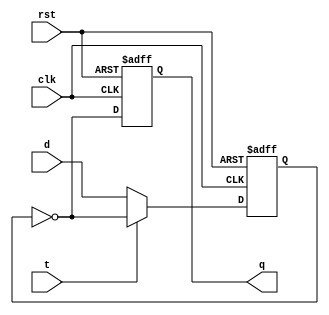
module MasterSlaveTFF (
    input wire clk,
    input wire rst,
    input wire t,
    input wire d,
    output reg q
);

reg master_q;
reg slave_q;

always @ (posedge clk or posedge rst) begin
    if (rst) begin
        master_q <= 1'b0;
        slave_q <= 1'b0;
    end else begin
        master_q <= t ? ~master_q : d;
        slave_q <= ~master_q;
    end
end

assign q = slave_q;

endmodule